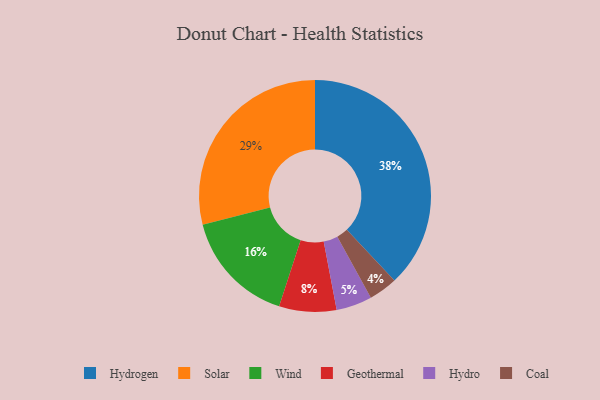
{"axis": {"x": "Category", "y": "Percentage"}, "legend": ["Coal", "Geothermal", "Hydro", "Hydrogen", "Solar", "Wind"], "data": [{"x": "Hydrogen", "y": 38, "type": "Hydrogen"}, {"x": "Solar", "y": 29, "type": "Solar"}, {"x": "Geothermal", "y": 8, "type": "Geothermal"}, {"x": "Coal", "y": 4, "type": "Coal"}, {"x": "Hydro", "y": 5, "type": "Hydro"}, {"x": "Wind", "y": 16, "type": "Wind"}]}